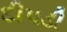
દીપડી